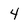
Character: 4